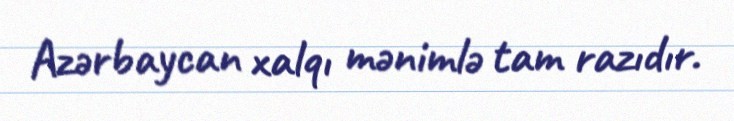
Azərbaycan xalqı mənimlə tam razıdır.